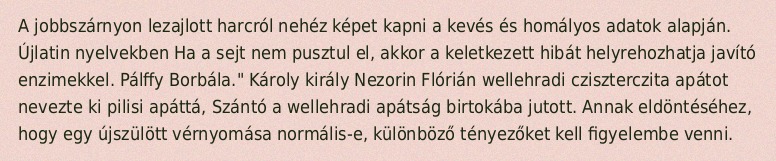
A jobbszárnyon lezajlott harcról nehéz képet kapni a kevés és homályos adatok alapján. Újlatin nyelvekben Ha a sejt nem pusztul el, akkor a keletkezett hibát helyrehozhatja javító enzimekkel. Pálffy Borbála." Károly király Nezorin Flórián wellehradi cziszterczita apátot nevezte ki pilisi apáttá, Szántó a wellehradi apátság birtokába jutott. Annak eldöntéséhez, hogy egy újszülött vérnyomása normális-e, különböző tényezőket kell figyelembe venni.